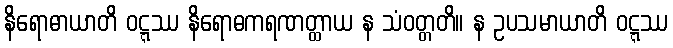
နိရောဓာယာတိ ဝဋ္ဋဿ နိရောဓကရဏတ္ထာယ န သံဝတ္တတိ။ န ဥပသမာယာတိ ဝဋ္ဋဿ